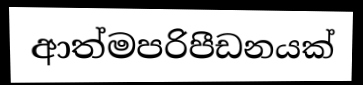
ආත්මපරිපීඩනයක්